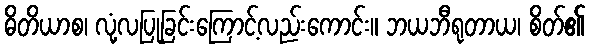
ဓိတိယာစ၊ လုံ့လပြုခြင်းကြောင့်လည်းကောင်း။ ဘယဘီရုတာယ၊ စိတ်၏